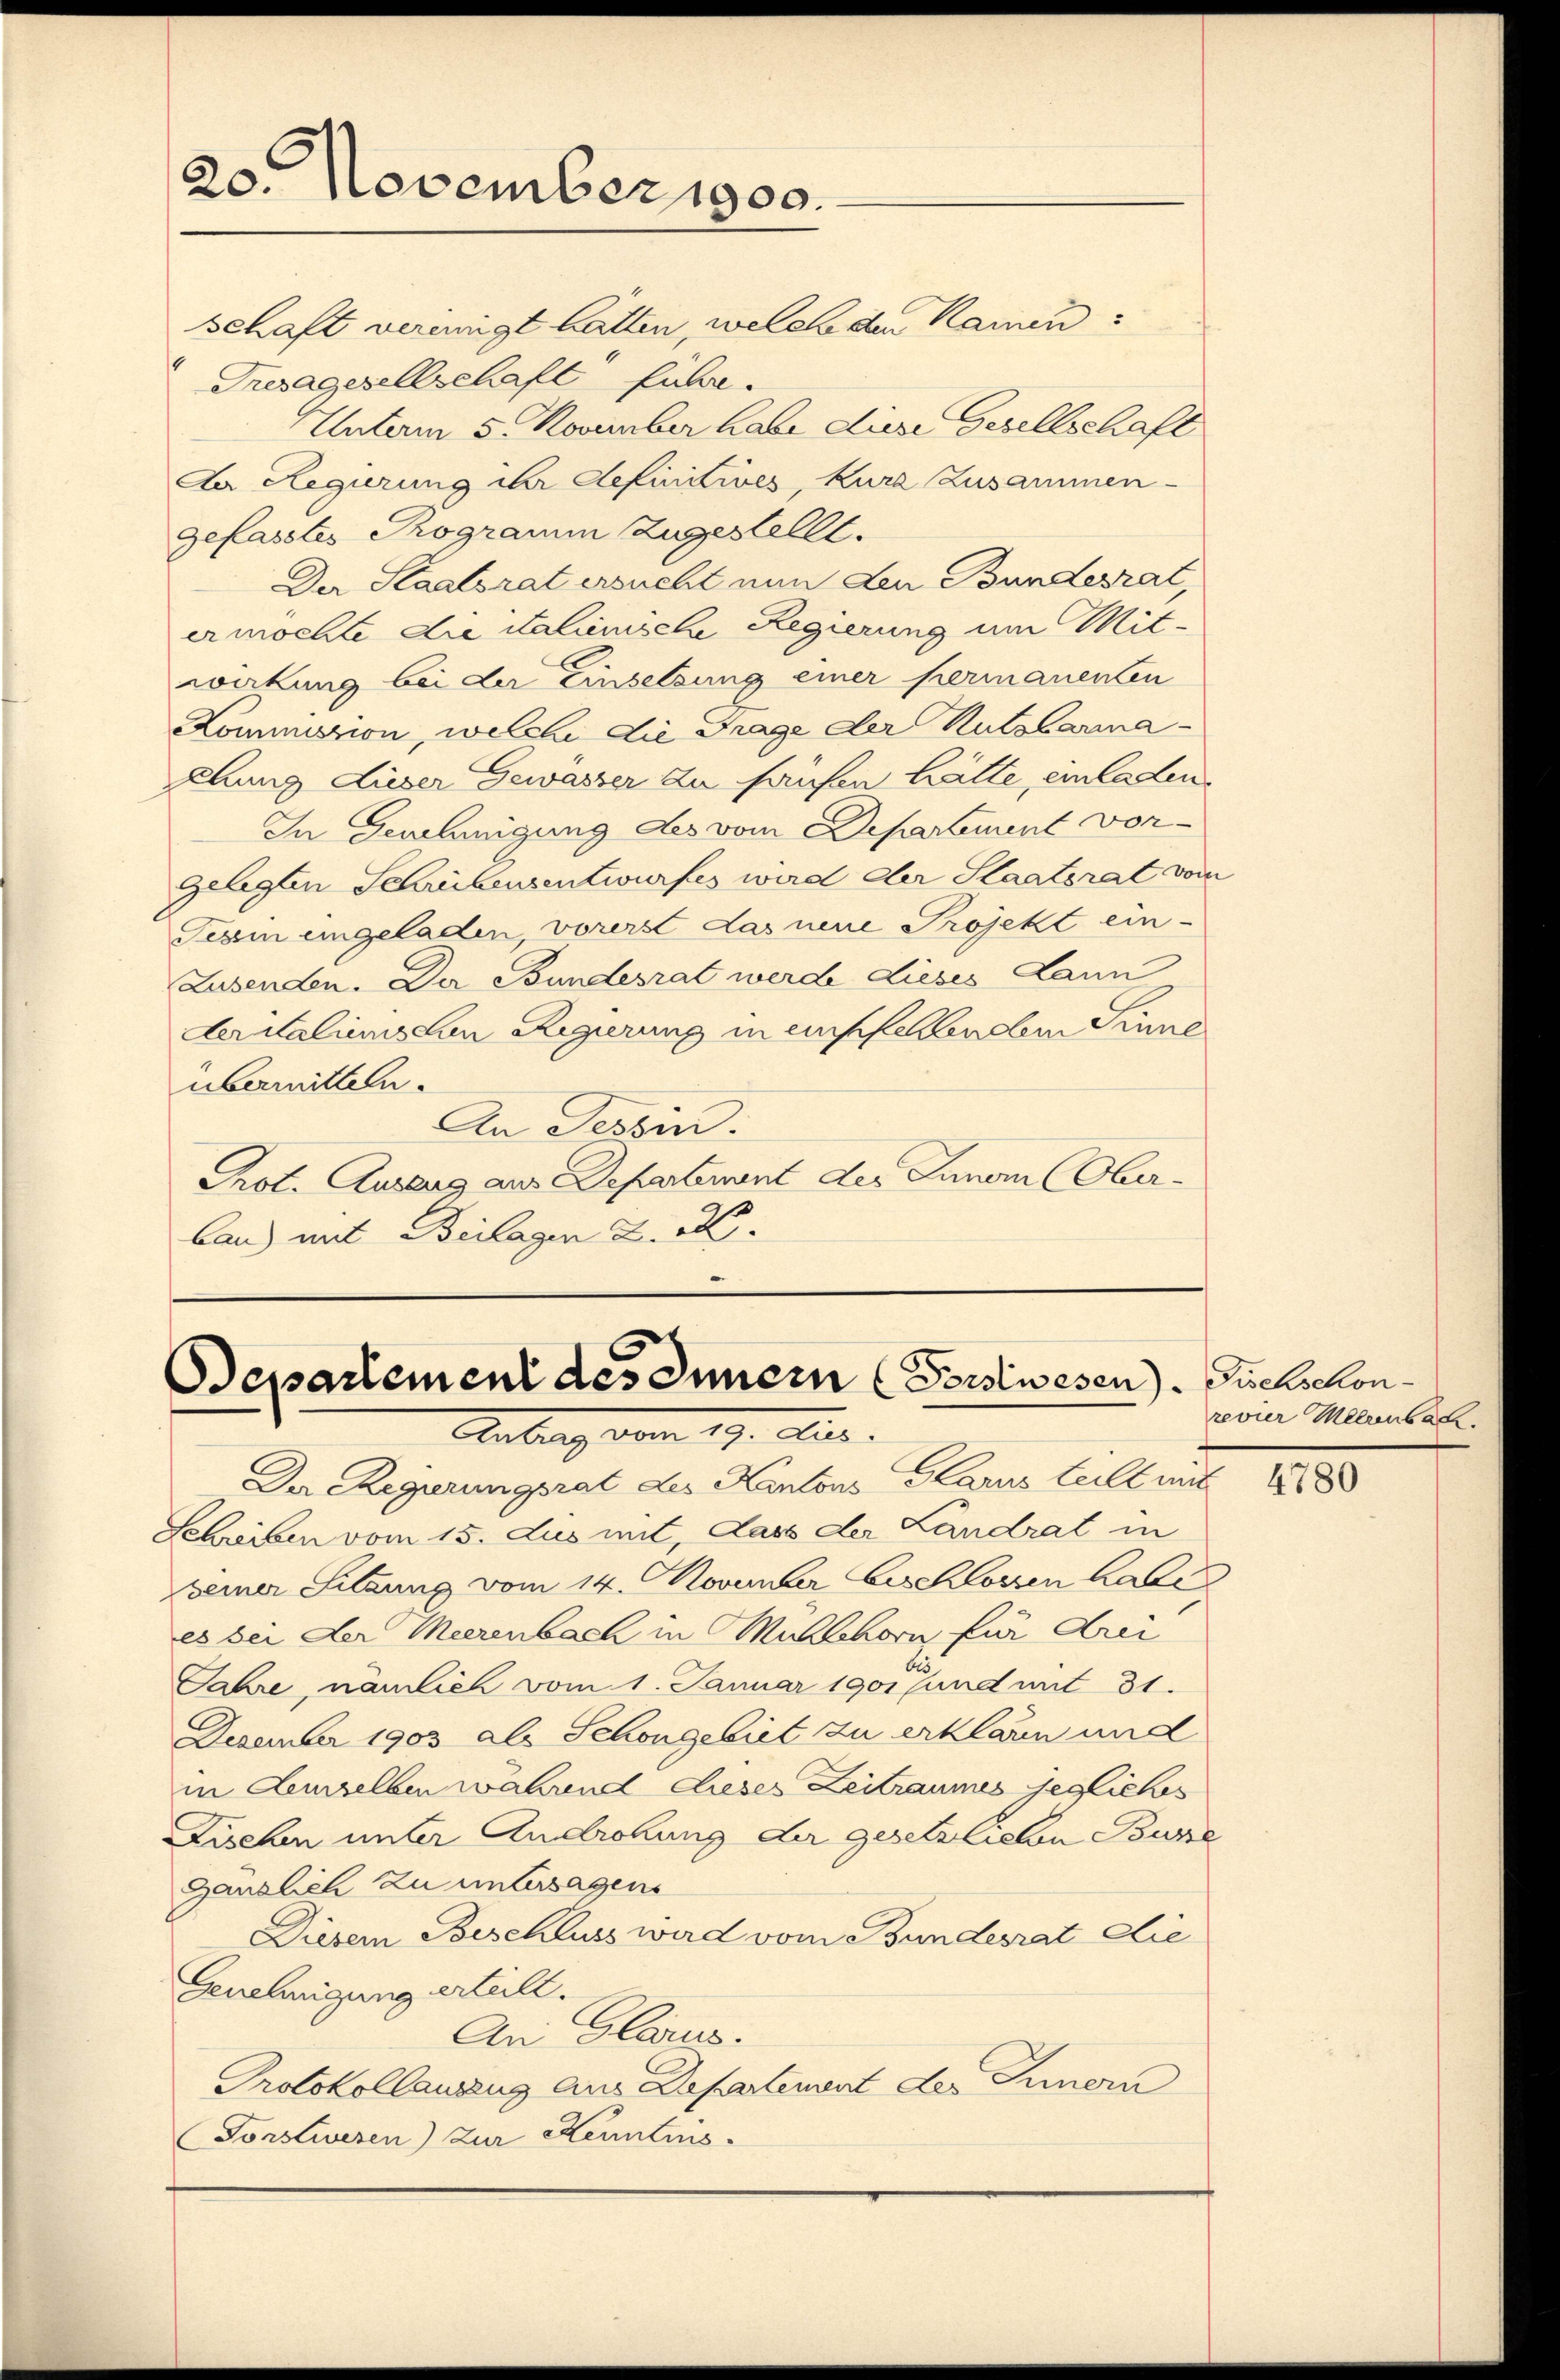
20. November 1900.

schaft verinigt hatten, welche der Kamin:
Tresagesellschaft fuhr.
Unterm 5. November habe des Gesellschaft
Aa Regierung der definitives, kurz Zusammen-
gefasstes Programm zugestellt.
Der Staatsrat ersucht nun den Bundesrat,
ermochte die italienische Regierung um Mit-
wikung bei der Einsetzung einer permanenten
Kommission, welche die Frage der Nutzbarma-
ehung dieser Gewässer zu haufen hätte, einladen
In Genehmigung des vom Departement vorgelegten Schriebensentwurfes wird der Staatsrat vom
Tessin eingeladen, vorerst das neue Projekt ein-
Zusenden. Der Bundesrat werde Lieses Lann
derialienschen Regierung in einsfeldten dem Sinne
übermitteln.
An Tessin.
Prot. Auszug aus Departement des Innom (Oberland mit Beilagen u. a.

Separtement des Innern (Pordwesen.
Antrag vom 17. Jur.

Der Regierungsrat des Kantons Glarus teilt mit
Schriben vom 15. Jus mit, dass der Landrat in
seiner Sitzung vom 14. November Beschlossen habe
es bei der Meerenbach in Müllhorn für drei
Jahre, nämlich vom 1. Januar 1901 und mit 31.
Dezember 1903 als Schöngebiet zu erklären und
in demselben wahrend dieser Zeitraumes gegliches
Zischen unter Androhung der gesetzlichen Busse
gänzlich zu untersagens
Diesem Beschluss wird vom Bundesrat die
Genehmigung erteilt.
An Glarus.
Protokollanzug aus Departement des Innern
Forstwesen) zur Kenntens.

Fischschon
revier Meerenbac

4780